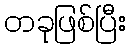
တခုဖြစ်ပြီး